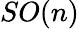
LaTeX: SO(n)